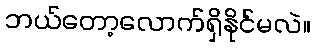
ဘယ်တော့လောက်ရှိနိုင်မလဲ။